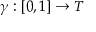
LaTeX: \gamma : \left[ 0 , 1 \right] \rightarrow T